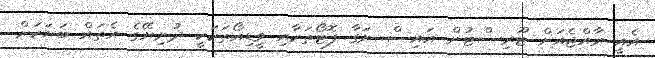
އެއީ ރާއްޖެއަށް ޓޫރިސްޓުން އައިސް ނަގާ ފޮޓޯތަކާއި ވީޑިއޯތަކަކީ ދުނިޔޭގެ އެތައް ބަޔަކަށް